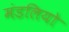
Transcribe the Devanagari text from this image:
मंडलियो